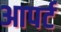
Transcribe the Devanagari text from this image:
आपर्ट